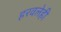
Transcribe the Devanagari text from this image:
हरवलेही